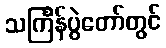
သင်္ကြန်ပွဲတော်တွင်